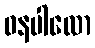
ဓနပါလော